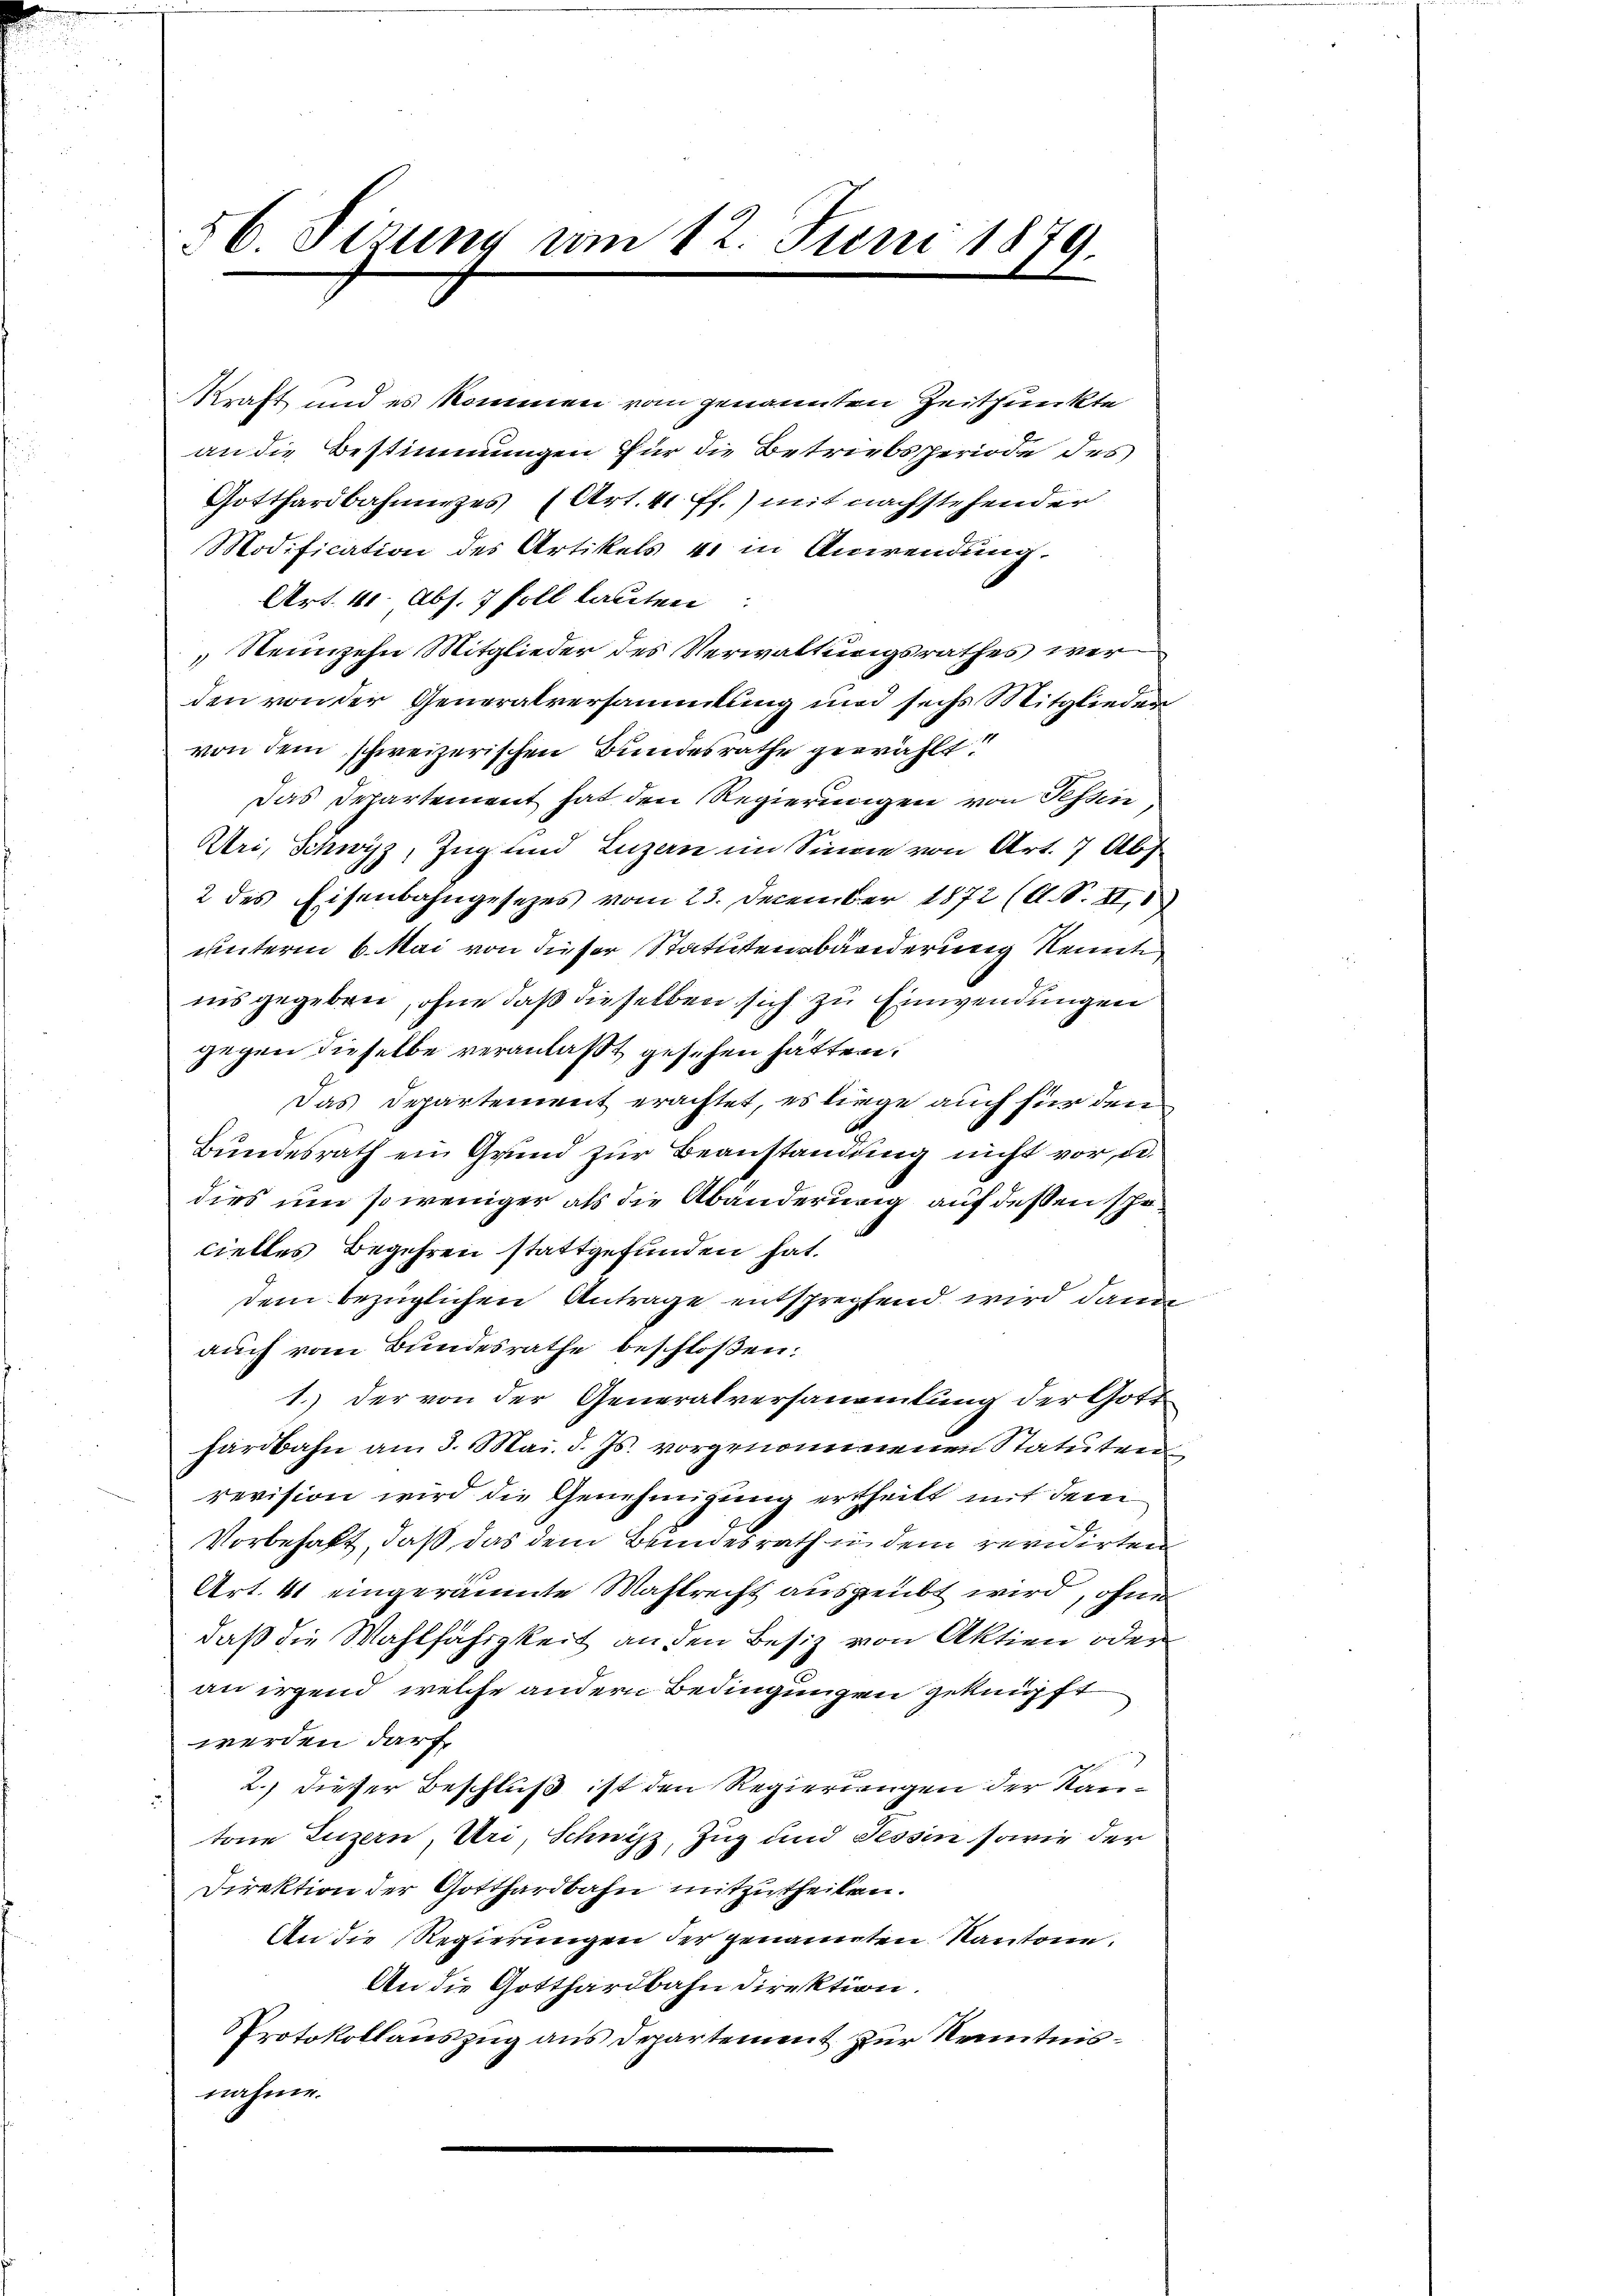
86 Fizung am 12. Juni 1879.

Kraft und es kommen vom genannten Zeitpunkte
an die Bestimmungen für die Betriebsperiode des
Gotthardbahnunges (Art. 41 ff.) mit nachstehender
Modification des Artikels 4. in Anwendung.
Art. 41. Abs. 7 soll lauten:
Neunzehn Mitglieder des Verwaltungsrathes werden von der Generalversammlung und sechs Mitglieder
von dem schweizerischen Bundesrathe gewählt:
Das Departement hat den Regierungen von Tessin
Uri, Schwyz, Zug und Luzern im Sinne von Art. 7 Abs
2 des Eisenbahngesetzes vom 23. December 1872 (A. S. II,8)
unterm 6. Mai von dieser Statutensbänderung Kenntiiis gegeben, ohne daß dieselben sich zu Einwendungen
gegen dieselbe veranlaßt gesehen hätten.
Das Departement erachtet, es liege auch für den
Bundesrath ein Grund zur Beanstandung nicht vor, d.
dies um so weniger als die Abänderung auf dessen schocielles Begehren stattgefunden hat.
dem bezüglichen Antrage entsprechend wird dann
auch vom Bundesrathe beschloßen:
1.) Der von der Generalversammlung der Gott
hardbahn am 3. Mai. d. Js. vorgenommenen Statuten
revision wird die Genehmigung ertheilt mit dem
Vorbehalt, daß das dem Beindesrath in dem revidirten
Art. 41 eingeräumte Mastrecht ausgeübt wird, ohne
daß die Wahlfähigkeit an den Besiz von Aktien oder
an irgend welche andern Bedingungen geknüpft
werden darf
 2., dieser Beschluß ist den Regierungen der Rautone Luzern, Uri, Schwyz, Zug und Tessin sowie der
Direktion der Gotthardbahn mitzutheilen.
An die Regierungen der genannten Kantone.
An die Gotthardbahn direktion.
Protokollauszug aus Departement zur Kenntnisnahme.
.